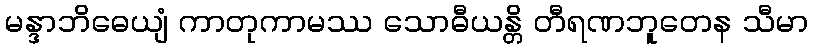
မန္ဒာဘိဓေယျံ ကာတုကာမဿ သောဓီယန္တိ တီရဏဘူတေန သီမာ